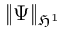
\| \Psi \| _ { \mathfrak { H } ^ { 1 } }